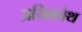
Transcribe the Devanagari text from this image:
अभिकोथ